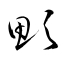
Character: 顋